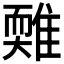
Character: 𩀋